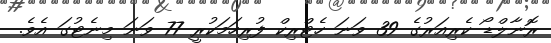
ރޮނާލްޑޯ ކެރިއަރުގެ 39 ވަނަ ހެޓްރިކް ފުރިހަމަކުރީ 77 ވަނަ މިނެޓުގަ އެވެ.